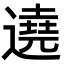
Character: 遶